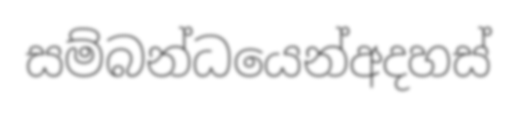
සම්බන්ධයෙන්අදහස්